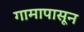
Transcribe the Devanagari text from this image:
गामापासून